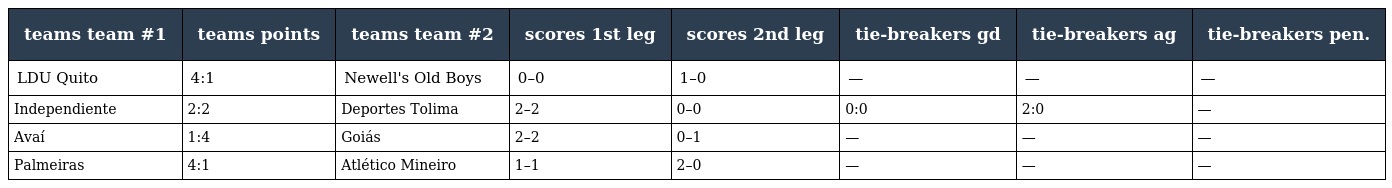
| teams team #1 | teams points | teams team #2 | scores 1st leg | scores 2nd leg | tie-breakers gd | tie-breakers ag | tie-breakers pen. |
 | --- | --- | --- | --- | --- | --- | --- | --- |
 | LDU Quito | 4:1 | Newell's Old Boys | 0–0 | 1–0 | — | — | — |
 | Independiente | 2:2 | Deportes Tolima | 2–2 | 0–0 | 0:0 | 2:0 | — |
 | Avaí | 1:4 | Goiás | 2–2 | 0–1 | — | — | — |
 | Palmeiras | 4:1 | Atlético Mineiro | 1–1 | 2–0 | — | — | — |